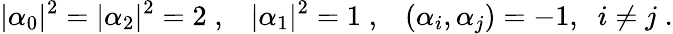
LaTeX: |\alpha_{0}|^{2}=|\alpha_{2}|^{2}=2\; ,\; \; \; |\alpha_{1}|^{2}=1\; ,\; \; \; (\alpha_{i},\alpha_{j})=-1,\; \; i\neq j\; .